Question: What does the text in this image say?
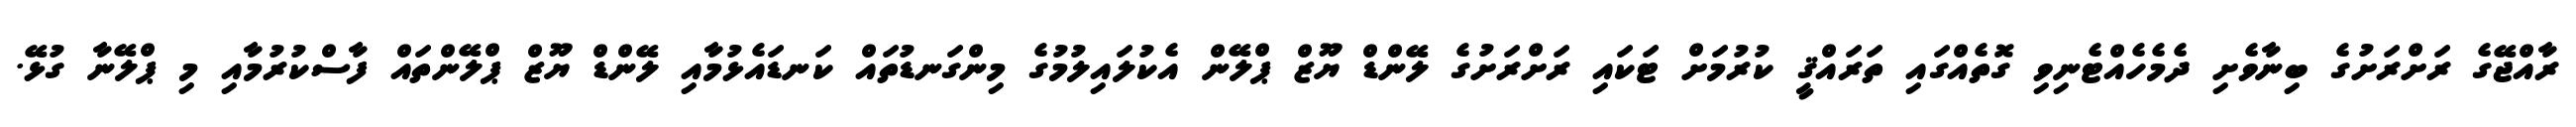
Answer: ރާއްޖޭގެ ރަށްރަށުގެ ބިނާވެށި ދެމެހެއްޓެނިވި ގޮތެއްގައި ތަރައްޤީ ކުރުމަށް ޓަކައި ރަށްރަށުގެ ލޭންޑް ޔޫޒް ޕްލޭން އެކުލައިލުމުގެ މިންގަނޑުތައް ކަނޑައެޅުމާއި ލޭންޑް ޔޫޒް ޕްލޭންތައް ފާސްކުރުމާއި މި ޕްލޭނާ ގުޅޭ.